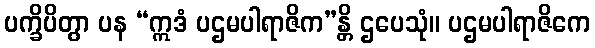
ပက္ခိပိတွာ ပန “ဣဒံ ပဌမပါရာဇိက”န္တိ ဌပေသုံ။ ပဌမပါရာဇိကေ